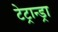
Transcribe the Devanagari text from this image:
टेट्रान्ड्रा